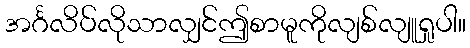
အင်္ဂလိပ်လိုသာလျှင်ဤစာမူကိုလျစ်လျူရှုပါ။